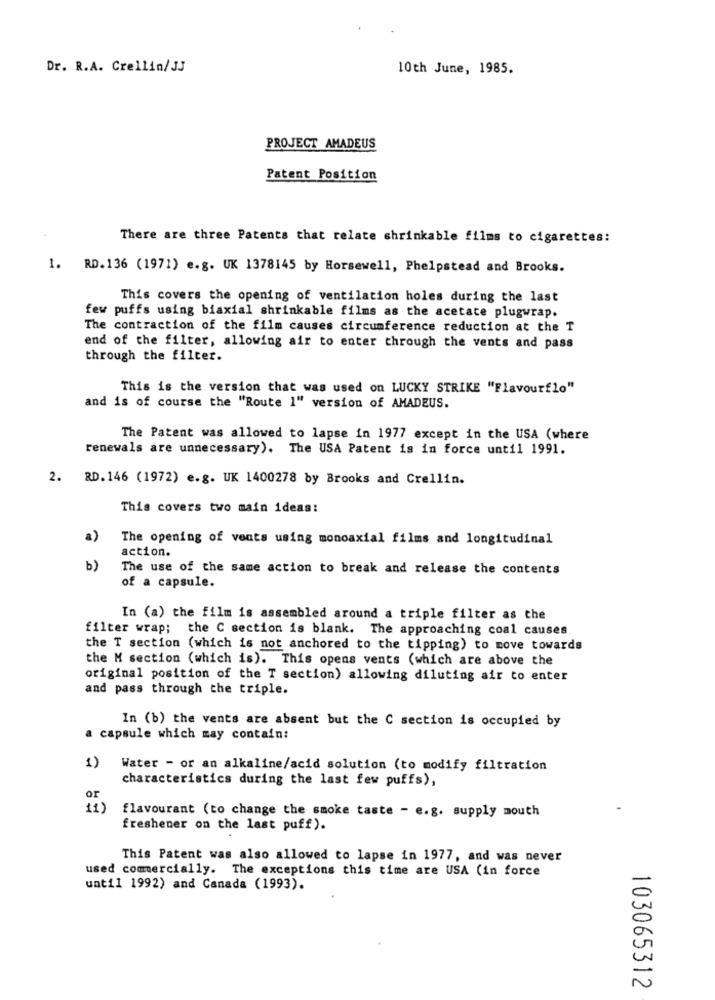
Dr. R.A. Crellin/ JJ
10th June, 1985.
PROJECT AMADEUS
Patent Position
There are three Patents that relate shrinkable films to cigarettes:
1. RD. 136 (1971) e.g. UK 1378145 by Horsewell, Phelpstead and Brooks.
This covers the opening of ventilation holes during the last
few puffs using biaxial shrinkable films as the acetate plugwrap.
The contraction of the film causes circumference reduction at the T
end of the filter, allowing air to enter through the vents and pass
through the filter.
This is the version that was used on LUCKY STRIKE "Flavourflo"
and is of course the "Route 1" version of AMADEUS.
The Patent was allowed to lapse in 1977 except in the USA (where
renewals are unnecessary). The USA Patent is in force until 1991.
2. RD. 146 (1972) e.g. UK 1400278 by Brooks and Crellin.
This covers two main ideas:
a)
The opening of vents using monoaxial films and longitudinal
action.
b)
The use of the same action to break and release the contents
of a capsule.
In (a) the film is assembled around a triple filter as the
filter wrap; the C section is blank. The approaching coal causes
the T section (which is not anchored to the tipping) to move towards
the M section (which is). This opens vents (which are above the
original position of the T section) allowing diluting air to enter
and pass through the triple.
In (b) the vents are absent but the C section is occupied by
capsule which may contain:
1)
Water - or an alkaline/acid solution (to modify filtration
characteristics during the last few puffs),
or
11)
flavourant (to change the smoke taste - e.g. supply mouth
freshener on the last puff).
This Patent was also allowed to lapse in 1977, and was never
used comercially. The exceptions this time are USA (in force
until 1992) and Canada (1993).
0
N
103065312